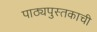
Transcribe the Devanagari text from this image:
पाठ्यपुस्तकाची